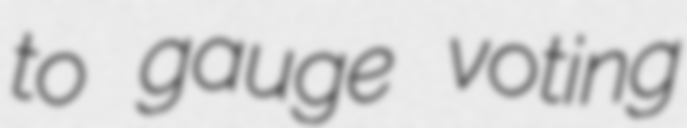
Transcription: to gauge voting